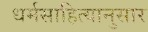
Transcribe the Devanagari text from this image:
धर्मसाहित्यानुसार